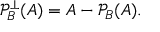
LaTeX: { \mathcal { P } } _ { B } ^ { \perp } ( A ) = A - { \mathcal { P } } _ { B } ( A ) .